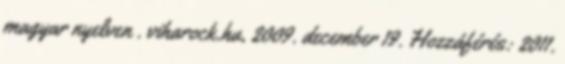
magyar nyelven . viharock.hu, 2009. december 19. Hozzáférés: 2011.